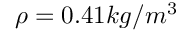
\rho = 0 . 4 1 k g / m ^ { 3 }